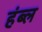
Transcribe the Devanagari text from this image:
हंब्ल